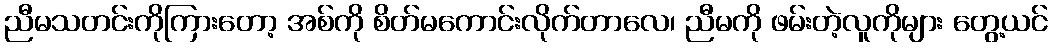
ညီမသတင်းကိုကြားတော့ အစ်ကို စိတ်မကောင်းလိုက်တာလေ၊ ညီမကို ဖမ်းတဲ့လူကိုများ တွေ့ယင်